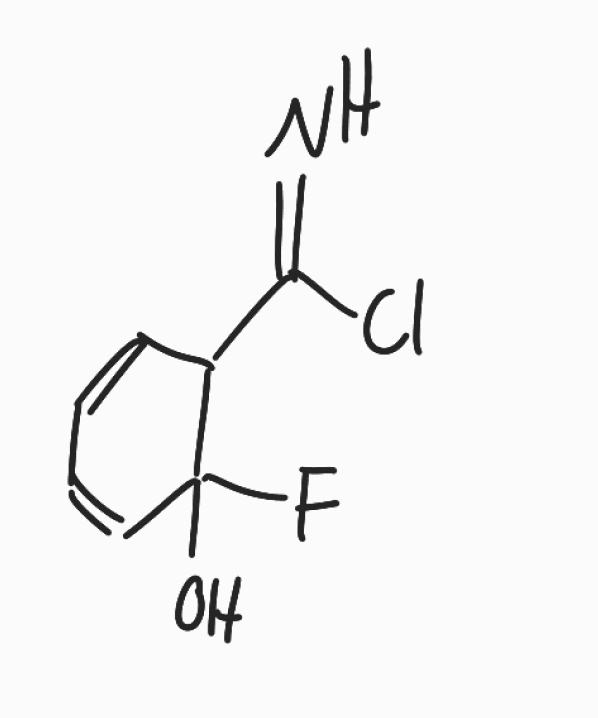
Simplified molecular-input line-entry system (SMILES) notation of the given molecule:
C1=CC(C(C=C1)(O)F)C(=N)Cl